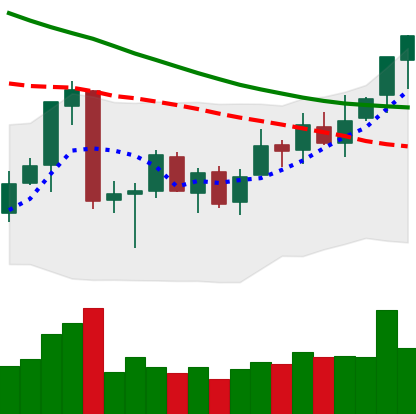
Ticker: ETC-USD
Chart end date: 2018-07-07
Forward return: -14.237%
Label: down_7plus